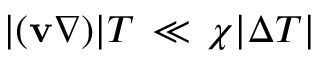
\vert ( \mathbf { v } \nabla ) \vert T \, \ll \, \chi \vert \Delta T \vert